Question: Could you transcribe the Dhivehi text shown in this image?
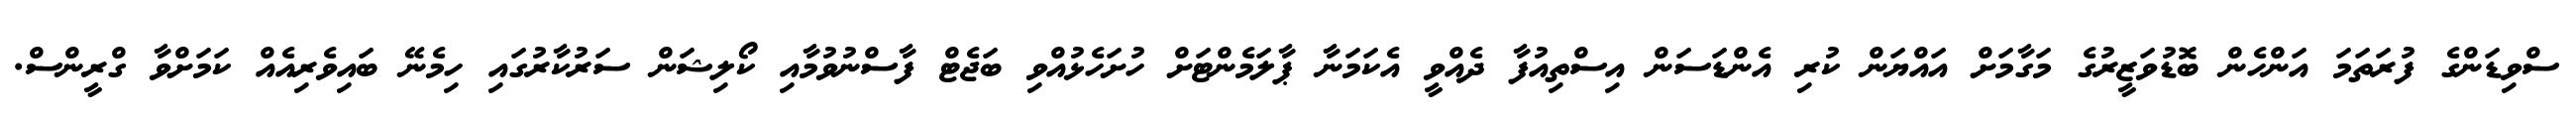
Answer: ސްވިޑަންގެ ފުރަތަމަ އަންހެން ބޮޑުވަޒީރުގެ މަގާމަށް އައްޔަން ކުރި އެންޑަސަން އިސްތިއުފާ ދެއްވީ އެކަމަނާ ޕާލަމެންޓަށް ހުށަހެޅުއްވި ބަޖެޓް ފާސްނުވުމާއި ކޯލިޝަން ސަރުކާރުގައި ހިމެނޭ ބައިވެރިއެއް ކަމަށްވާ ގްރީންސް.